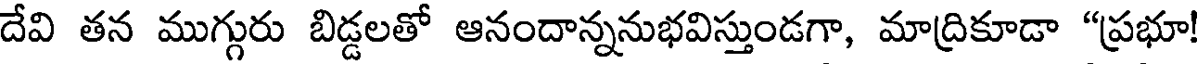
దేవి తన ముగ్గురు బిడ్డలతో ఆనందాన్ననుభవిస్తుండగా, మాద్రికూడా "ప్రభూ!